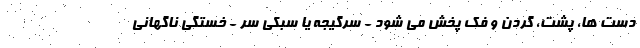
دست ها، پشت، گردن و فک پخش می شود - سرگیجه یا سبکی سر - خستگی ناگهانی